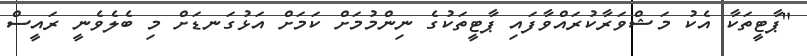
"ޕާޓީތަކާ އެކު މަޝްވަރާކުރައްވާފައި ޕާޓީތަކުގެ ނިންމުމަށް ކަމަށް އަޅުގަނޑަށް މި ބެލެވެނީ ރައީސް